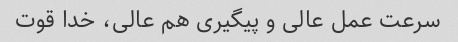
سرعت عمل عالی و پیگیری هم عالی، خدا قوت